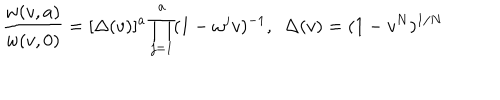
{ \frac { w ( v , a ) } { w ( v , 0 ) } } = [ \Delta ( v ) ] ^ { a } \prod _ { j = 1 } ^ { a } ( 1 - \omega ^ { j } v ) ^ { - 1 } , { } ~ ~ \Delta ( v ) = ( 1 - v ^ { N } ) ^ { 1 / N }